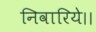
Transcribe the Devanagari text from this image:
निवारिये।।